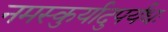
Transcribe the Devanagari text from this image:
नमस्कुर्यादुपर्यधः